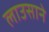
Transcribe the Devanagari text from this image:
लाउसाने